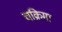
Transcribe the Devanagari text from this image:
चक्रिमा